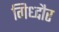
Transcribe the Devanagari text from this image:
गिध्दौर